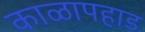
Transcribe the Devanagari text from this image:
काळापहाड